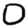
Digit: 0